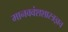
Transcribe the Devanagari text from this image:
मानववंशशास्त्रज्ञच